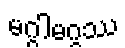
မဂ္ဂါမဂ္ဂဿ